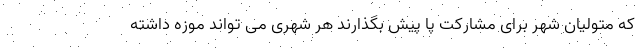
که متولیان شهر برای مشارکت پا پیش بگذارند هر شهری می تواند موزه داشته